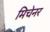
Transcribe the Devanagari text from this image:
मिचेनर